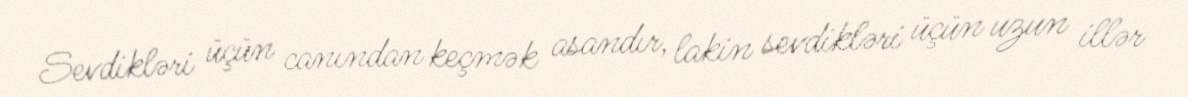
Sevdikləri üçün canından keçmək asandır, lakin sevdikləri üçün uzun illər